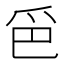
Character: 𱬷